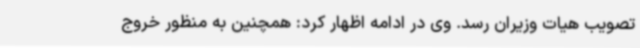
تصویب هیات وزیران رسد. وی در ادامه اظهار کرد: همچنین به منظور خروج